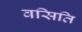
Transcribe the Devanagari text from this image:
वसिति